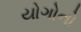
યોગોનો